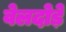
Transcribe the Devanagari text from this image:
वेलदोड़े